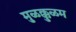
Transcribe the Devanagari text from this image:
मुळक्कुळम